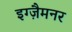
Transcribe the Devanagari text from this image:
इग्ज़ैमनर